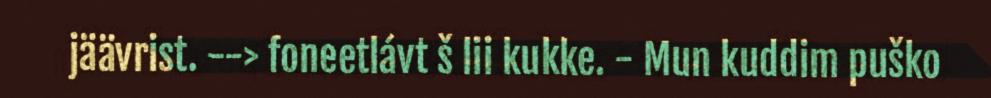
jäävrist. --> foneetlávt š lii kukke. - Mun kuddim puško